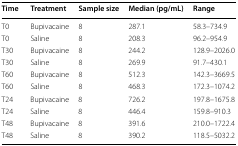
<table><thead><tr><td><b>Time</b></td><td><b>Treatment</b></td><td><b>Sample size</b></td><td><b>Median (pg/mL)</b></td><td><b>Range</b></td></tr></thead><tbody><tr><td>T0</td><td>Bupivacaine</td><td>8</td><td>287.1</td><td>58.3–734.9</td></tr><tr><td>T0</td><td>Saline</td><td>8</td><td>208.3</td><td>96.2–954.9</td></tr><tr><td>T30</td><td>Bupivacaine</td><td>8</td><td>244.2</td><td>128.9–2026.0</td></tr><tr><td>T30</td><td>Saline</td><td>8</td><td>269.9</td><td>91.7–430.1</td></tr><tr><td>T60</td><td>Bupivacaine</td><td>8</td><td>512.3</td><td>142.3–3669.5</td></tr><tr><td>T60</td><td>Saline</td><td>8</td><td>468.3</td><td>172.3–1074.2</td></tr><tr><td>T24</td><td>Bupivacaine</td><td>8</td><td>726.2</td><td>197.8–1675.8</td></tr><tr><td>T24</td><td>Saline</td><td>8</td><td>446.4</td><td>159.8–910.3</td></tr><tr><td>T48</td><td>Bupivacaine</td><td>8</td><td>391.6</td><td>210.0–1722.4</td></tr><tr><td>T48</td><td>Saline</td><td>8</td><td>390.2</td><td>118.5–5032.2</td></tr></tbody></table>